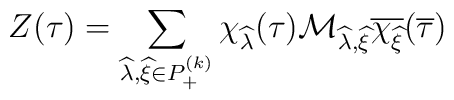
Z(\tau) = \sum_{\widehat{\lambda},\widehat{\xi} \in P^{(k)}_+}	\chi_{\widehat{\lambda}}(\tau)	{\cal M}_{\widehat{\lambda},\widehat{\xi}}	\overline{\chi_{\widehat{\xi}}}(\overline{\tau})